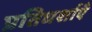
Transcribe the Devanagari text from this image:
प्रतिधर्शाएँ